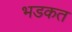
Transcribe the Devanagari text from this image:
भडकत